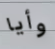
وأيا